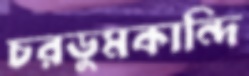
চরডুমকান্দি